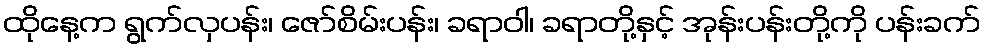
ထိုနေ့က ရွက်လှပန်း၊ ဇော်စိမ်းပန်း၊ ခရာဝါ၊ ခရာတို့နှင့် အုန်းပန်းတို့ကို ပန်းခက်